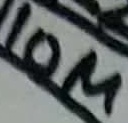
Text: 10M